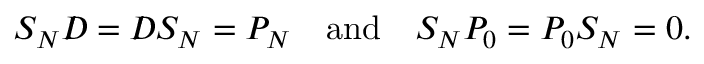
S _ { N } D \! \! \! \! / \ = D \! \! \! \! / \ S _ { N } = P _ { N } ~ ~ ~ \mathrm { a n d } ~ ~ ~ S _ { N } P _ { 0 } = P _ { 0 } S _ { N } = 0 .